Indian journal of veterinary science and animal husbandry - Volume 6,
Year: 1936
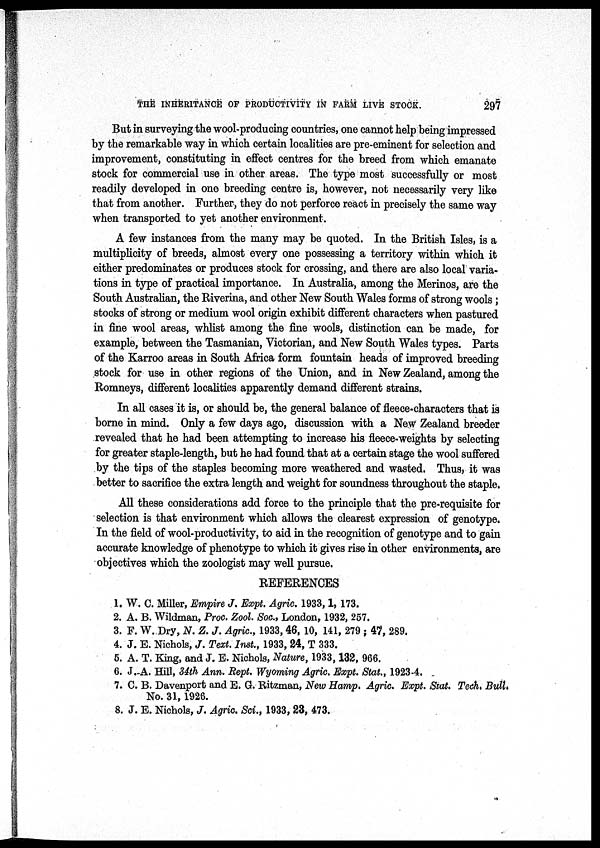
THE INHERITANCE OF PRODUCTIVITY IN FARM LIVE STOCK.
297
But in surveying the wool-producing countries, one cannot help being impressed
by the remarkable way in which certain localities are pre-eminent for selection and
improvement, constituting in effect centres for the breed from which emanate
stock for commercial use in other areas. The type most successfully or most
readily developed in one breeding centre is, however, not necessarily very like
that from another. Further, they do not perforce react in precisely the same way
when transported to yet another environment.
A few instances from the many may be quoted. In the British Isles, is a
multiplicity of breeds, almost every one possessing a territory within which it
either predominates or produces stock for crossing, and there are also local varia-
tions in type of practical importance. In Australia, among the Merinos, are the
South Australian, the Riverina, and other New South Wales forms of strong wools;
stocks of strong or medium wool origin exhibit different characters when pastured
in fine wool areas, whlist among the fine wools, distinction can be made, for
example, between the Tasmanian, Victorian, and New South Wales types. Parts
of the Karroo areas in South Africa form fountain heads of improved breeding
stock for use in other regions of the Union, and in New Zealand, among the
Romneys, different localities apparently demand different strains.
In all cases it is, or should be, the general balance of fleece-characters that is
borne in mind. Only a few days ago, discussion with a New Zealand breeder
revealed that he had been attempting to increase his fleece-weights by selecting
for greater staple-length, but he had found that at a certain stage the wool suffered
by the tips of the staples becoming more weathered and wasted. Thus, it was
better to sacrifice the extra length and weight for soundness throughout the staple.
All these considerations add force to the principle that the pre-requisite for
selection is that environment which allows the clearest expression of genotype.
In the field of wool-productivity, to aid in the recognition of genotype and to gain
accurate knowledge of phenotype to which it gives rise in other environments, are
objectives which the zoologist may well pursue.
REFERENCES
1. W. C. Miller, Empire J. Expt. Agric. 1933,1, 173.
2. A. B. Wildman, Proc. Zool. Soc., London, 1932, 257.
3. F. W.Dry, N. Z. J. Agric., 1933, 46, 10, 141, 279 ; 47, 289.
4. J. E. Nichols, J. Text. Inst., 1933, 24, T 333.
5. A. T. King, and J. E. Nichols, Nature, 1933,132, 966.
6. J.-A. Hill, 34th Ann. Rept. Wyoming Agric. Expt. Stat., 1923-4.
7. C. B. Davenport and E. G. Ritzman, New Hamp. Agric. Expt. Stat. Tech. Bull.
No. 31, 1926.
8. J. E. Nichols, J. Agric. Sci., 1933, 23, 473.